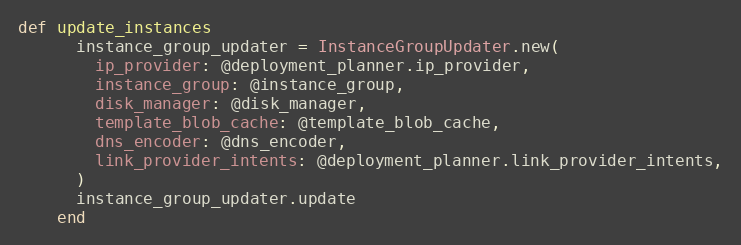
Language: Ruby
def update_instances
      instance_group_updater = InstanceGroupUpdater.new(
        ip_provider: @deployment_planner.ip_provider,
        instance_group: @instance_group,
        disk_manager: @disk_manager,
        template_blob_cache: @template_blob_cache,
        dns_encoder: @dns_encoder,
        link_provider_intents: @deployment_planner.link_provider_intents,
      )
      instance_group_updater.update
    end